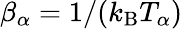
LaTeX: \beta_{\alpha}=1/(k_{\mathrm{B}}T_{\alpha})